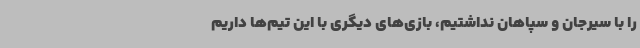
را با سیرجان و سپاهان نداشتیم، بازی‌های دیگری با این تیم‌ها داریم